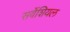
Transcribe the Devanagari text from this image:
सर्वेशियल